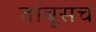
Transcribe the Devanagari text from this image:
तांबूसच